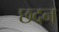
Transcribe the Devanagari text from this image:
छदन